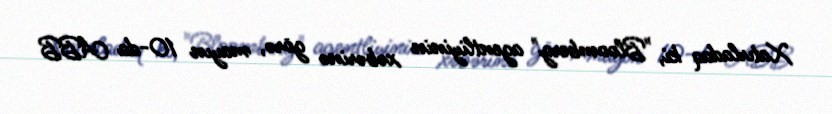
Xatırladaq ki, "Bloomberg" agentliyinin xəbərinə görə, mayın 10-da ABB